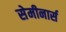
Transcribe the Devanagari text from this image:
सेमीनार्स